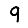
Digit: 9